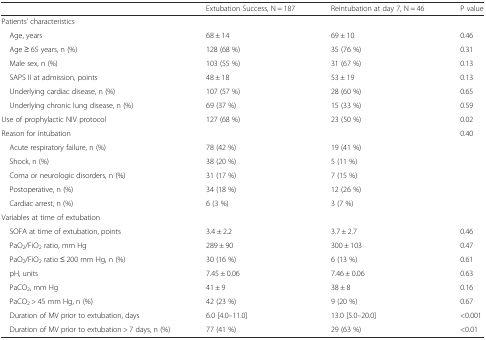
|  | Extubation Success, N = 187 | Reintubation at day 7, N = 46 | P value |
 | --- | --- | --- | --- |
 | <COLSPAN=4> Patients’ characteristics |
 | Age, years | 68 ± 14 | 69 ± 10 | 0.46 |
 | Age ≥ 65 years, n (%) | 128 (68 %) | 35 (76 %) | 0.31 |
 | Male sex, n (%) | 103 (55 %) | 31 (67 %) | 0.13 |
 | SAPS II at admission, points | 48 ± 18 | 53 ± 19 | 0.13 |
 | Underlying cardiac disease, n (%) | 107 (57 %) | 28 (60 %) | 0.65 |
 | Underlying chronic lung disease, n (%) | 69 (37 %) | 15 (33 %) | 0.59 |
 | Use of prophylactic NIV protocol | 127 (68 %) | 23 (50 %) | 0.02 |
 | Reason for intubation |  |  | 0.40 |
 | Acute respiratory failure, n (%) | 78 (42 %) | 19 (41 %) |  |
 | Shock, n (%) | 38 (20 %) | 5 (11 %) |  |
 | Coma or neurologic disorders, n (%) | 31 (17 %) | 7 (15 %) |  |
 | Postoperative, n (%) | 34 (18 %) | 12 (26 %) |  |
 | Cardiac arrest, n (%) | 6 (3 %) | 3 (7 %) |  |
 | <COLSPAN=4> Variables at time of extubation |
 | SOFA at time of extubation, points | 3.4 ± 2.2 | 3.7 ± 2.7 | 0.46 |
 | PaO2/FiO2 ratio, mm Hg | 289 ± 90 | 300 ± 103 | 0.47 |
 | PaO2/FiO2 ratio ≤ 200 mm Hg, n (%) | 30 (16 %) | 6 (13 %) | 0.61 |
 | pH, units | 7.45 ± 0.06 | 7.46 ± 0.06 | 0.63 |
 | PaCO2, mm Hg | 41 ± 9 | 38 ± 8 | 0.16 |
 | PaCO2 > 45 mm Hg, n (%) | 42 (23 %) | 9 (20 %) | 0.67 |
 | Duration of MV prior to extubation, days | 6.0 [4.0–11.0] | 13.0 [5.0–20.0] | <0.001 |
 | Duration of MV prior to extubation > 7 days, n (%) | 77 (41 %) | 29 (63 %) | <0.01 |